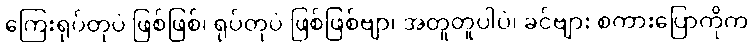
ကြေးရုပ်တုပဲ ဖြစ်ဖြစ်၊ ရုပ်တုပဲ ဖြစ်ဖြစ်ဗျာ၊ အတူတူပါပဲ၊ ခင်ဗျား စကားပြောကိုက